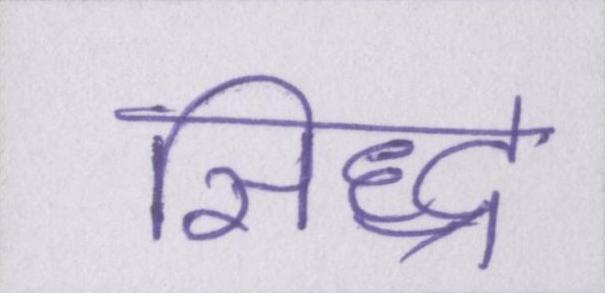
सिद्ध